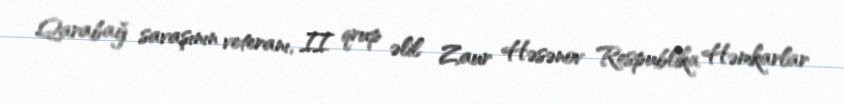
Qarabağ savaşının veteranı, II qrup əlil Zaur Həsənov Respublika Həmkarlar